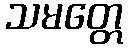
သမတ္တေ